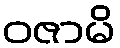
ဝဇာမိ